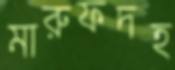
মারুফদহ